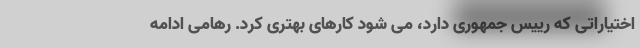
اختیاراتی که رییس جمهوری دارد، می شود کارهای بهتری کرد. رهامی ادامه